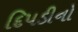
દિપડીનો